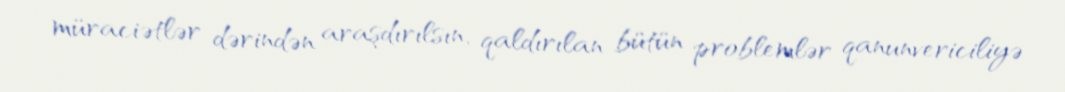
müraciətlər dərindən araşdırılsın, qaldırılan bütün problemlər qanunvericiliyə